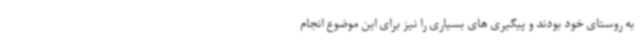
به روستای خود بودند و پیگیری های بسیاری را نیز برای این موضوع انجام